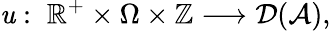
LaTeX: \mathit{u}:\; \mathbb{{R}}^{+}\times\Omega\times\mathbb{{Z}}\longrightarrow{\mathcal{{D}}(\mathcal{{A}})},